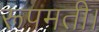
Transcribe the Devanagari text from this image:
रूपमती।